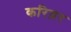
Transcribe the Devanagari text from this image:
करिय़र